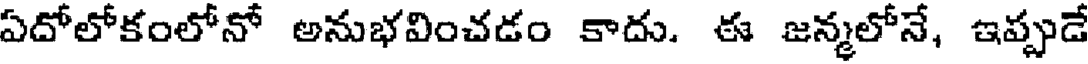
ఏదోలోకంలోనో అనుభవించడం కాదు. ఈ జన్మలోనే, ఇప్పుడే